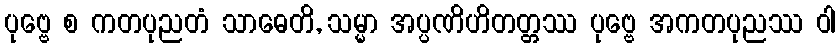
ပုဗ္ဗေ စ ကတပုညတံ သာဓေတိ, သမ္မာ အပ္ပဏိဟိတတ္တဿ ပုဗ္ဗေ အကတပုညဿ ဝါ